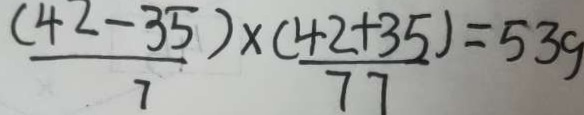
\frac { ( 4 2 - 3 5 ) } { 7 } \times \frac { ( 4 2 + 3 5 ) } { 7 7 } = 5 3 9